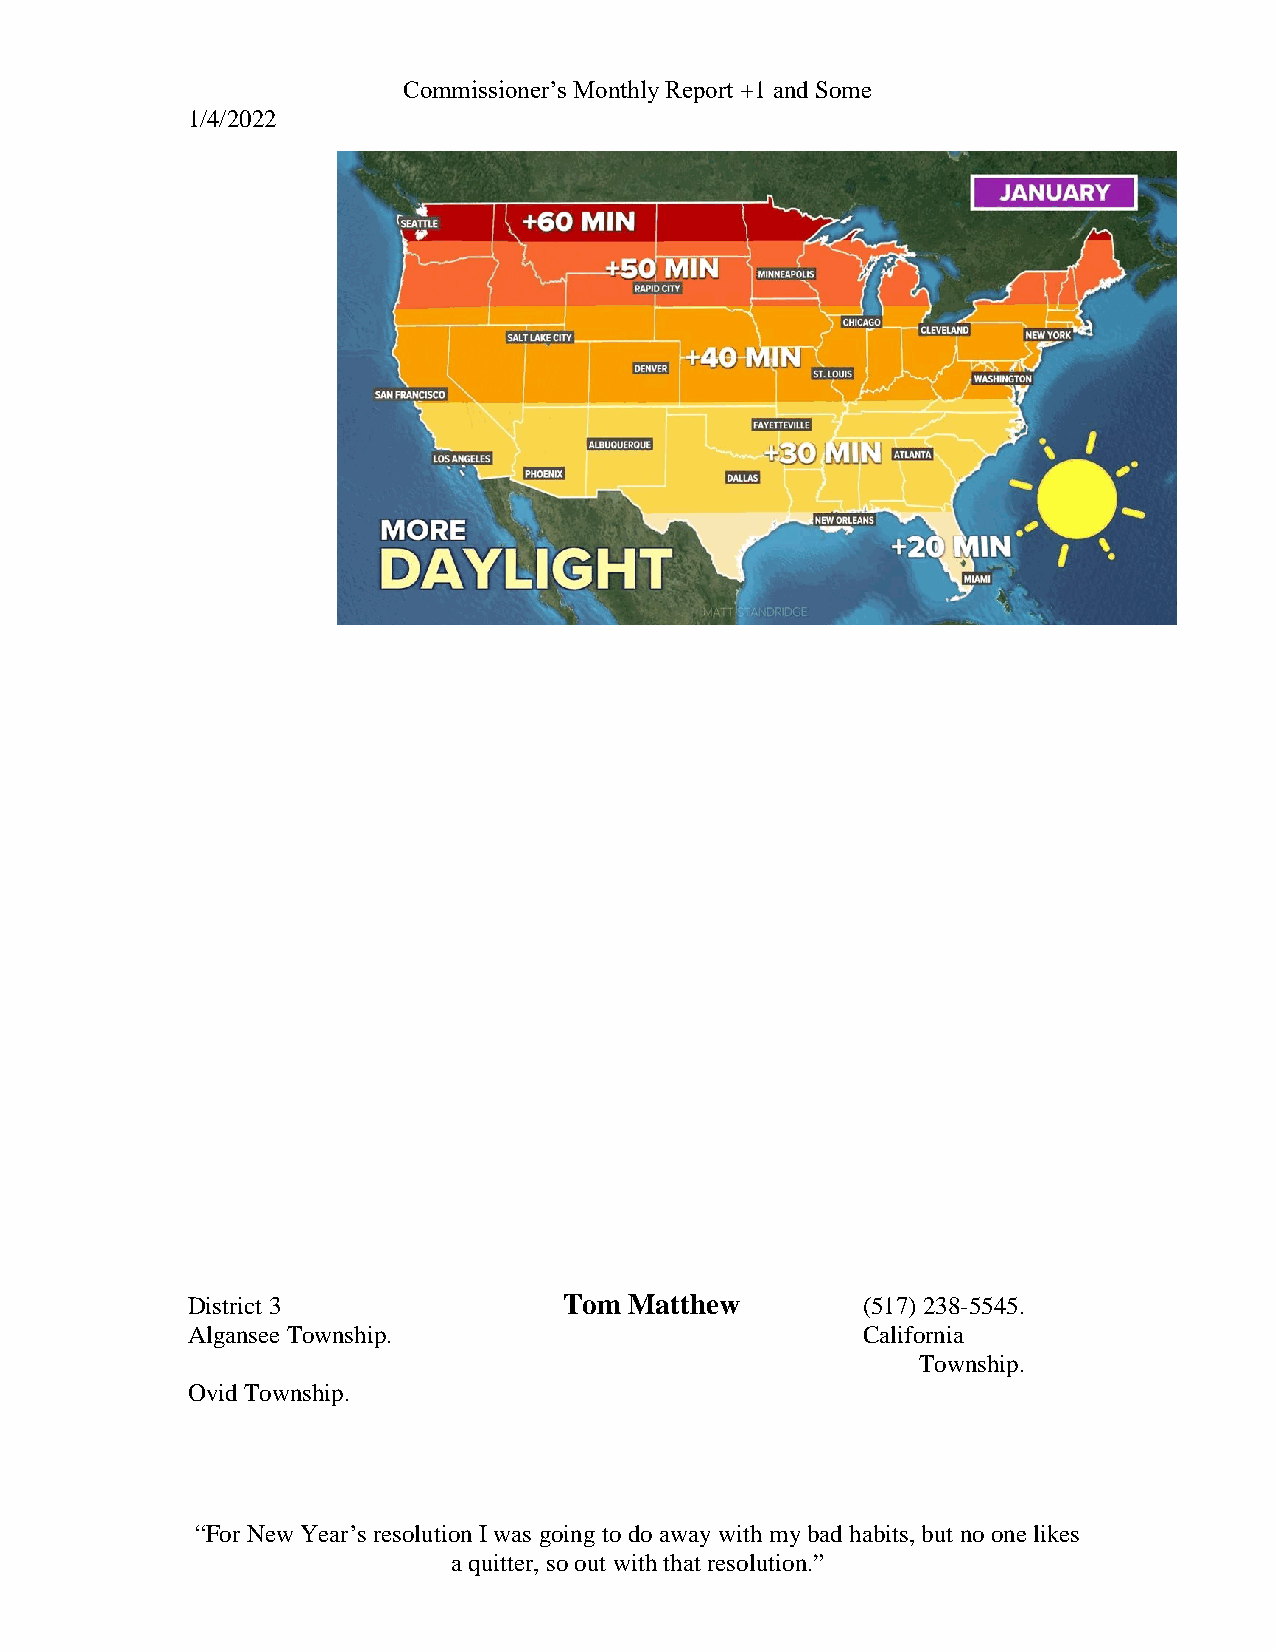
Commissioner’s Monthly Report +1 and Some
 1/4/2022
 District 3               Tom  Matthew        (517) 238-5545.
 Algansee Township.                           California
 Township.
 Ovid Township.
 “For New Year’s resolution I was going to do away with my bad habits, but no one likes
 a quitter, so out with that resolution.”